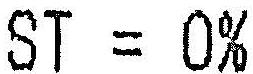
ST = 0%